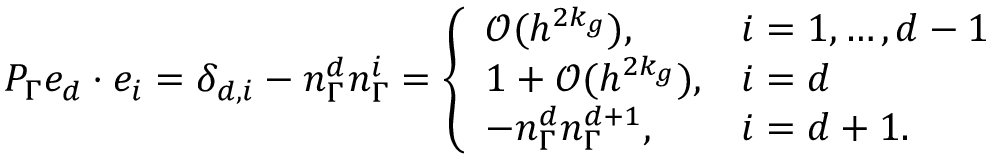
\begin{array} { r } { { P } _ { \Gamma } e _ { d } \cdot e _ { i } = \delta _ { d , i } - n _ { \Gamma } ^ { d } n _ { \Gamma } ^ { i } = \left\{ \begin{array} { l l } { \mathcal { O } ( h ^ { 2 k _ { g } } ) , } & { i = 1 , \ldots , d - 1 } \\ { 1 + \mathcal { O } ( h ^ { 2 k _ { g } } ) , } & { i = d } \\ { - n _ { \Gamma } ^ { d } n _ { \Gamma } ^ { d + 1 } , } & { i = d + 1 . } \end{array} \right. } \end{array}